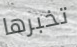
تخبرها